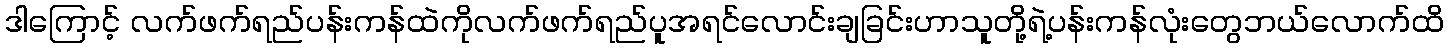
ဒါကြောင့် လက်ဖက်ရည်ပန်းကန်ထဲကိုလက်ဖက်ရည်ပူအရင်လောင်းချခြင်းဟာသူတို့ရဲ့ပန်းကန်လုံးတွေဘယ်လောက်ထိ